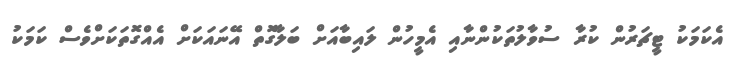
އެކަމަކު ޓީޗަރުން ކުރާ ސުވާލުތަކުންނާއި އެމީހުން ލައިބާއަށް ބަލާގޮތް އޭނައަކަށް އެއްގޮތަކަށްވެސް ކަމަކު